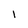
Character: 1